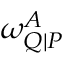
\omega _ { Q | P } ^ { A }